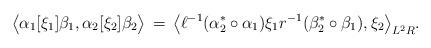
LaTeX: \begin{align*}\big\langle \alpha_1[\xi_1]\beta_1, \alpha_2[\xi_2]\beta_2\big\rangle \,=\, \big\langle\ell^{-1}(\alpha_2^*\circ\alpha_1)\xi_1 r^{-1}(\beta_2^*\circ\beta_1),\xi_2\big\rangle_{L^2R}.\end{align*}